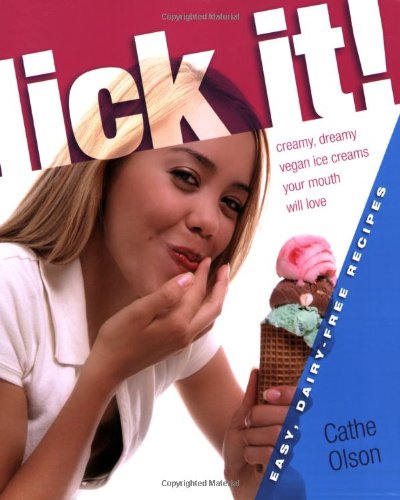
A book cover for Lick It! Creamy Dreamy Vegan Ice Creams Your Mouth Will Love; Cathe Olson; Cookbooks, Food & Wine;